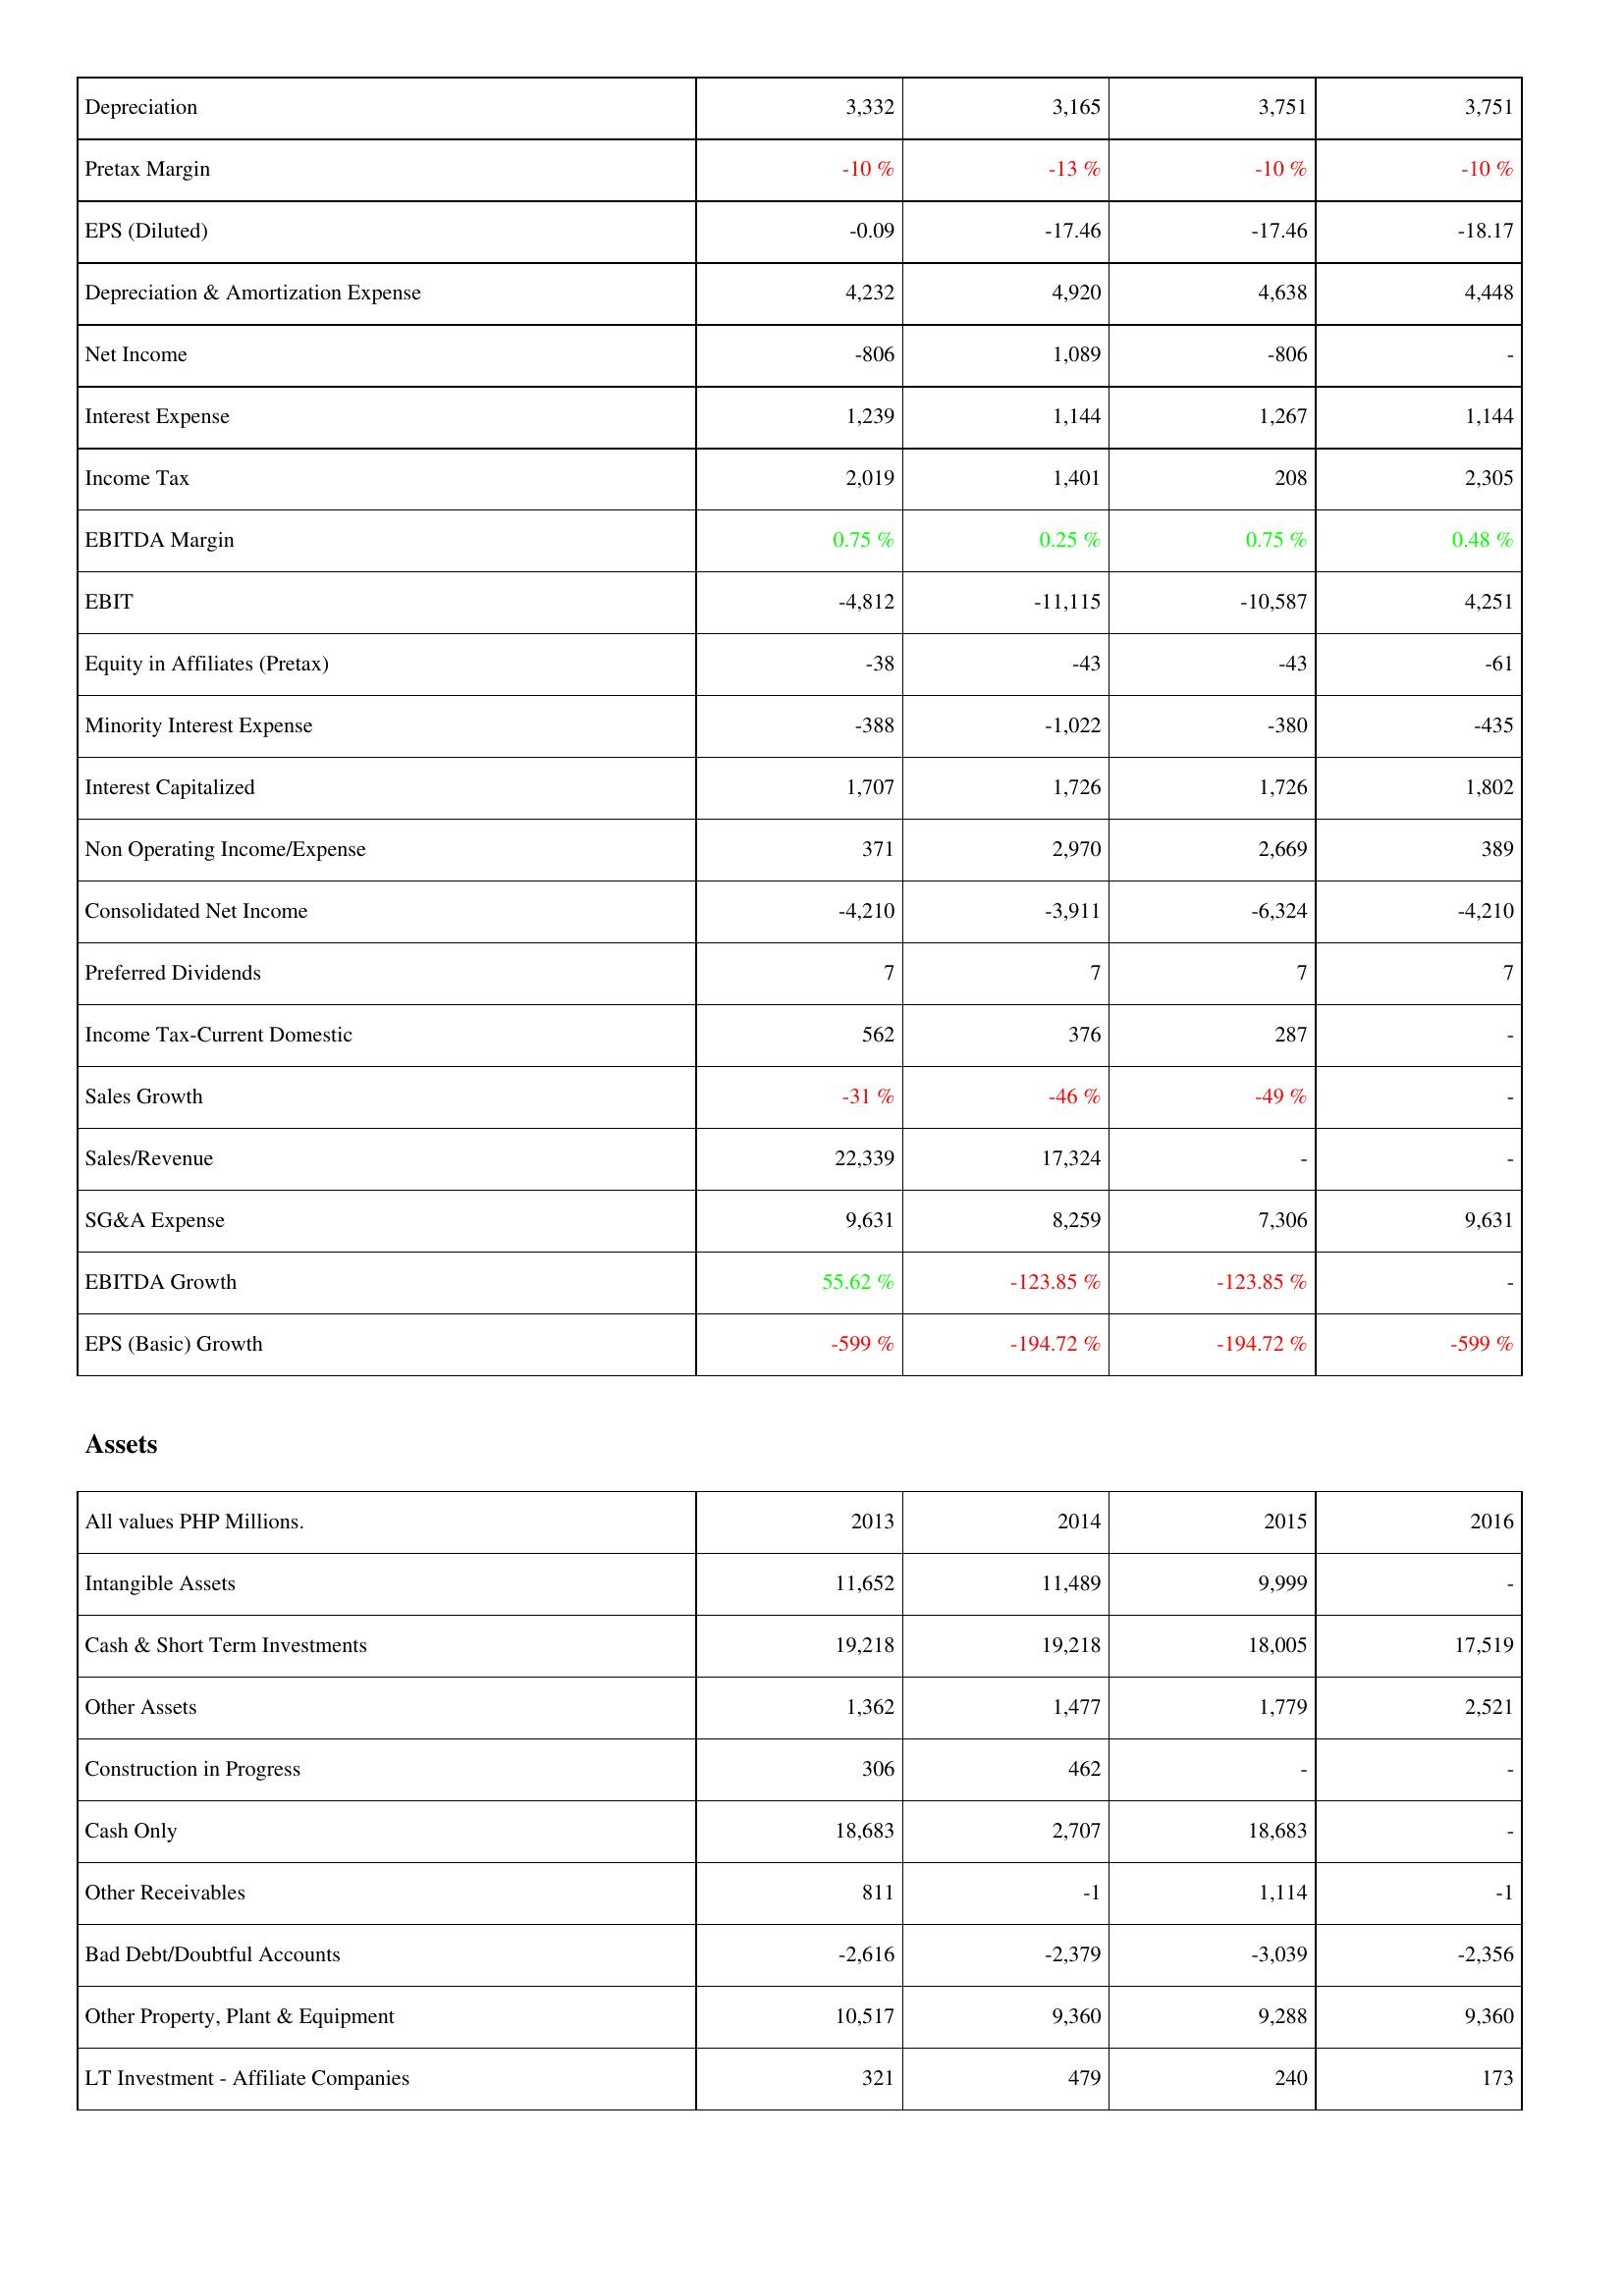
2013: Income Statement: Depreciation: 3,332
Pretax Margin: -10 %
EPS (Diluted): -0.09
Depreciation & Amortization Expense: 4,232
Net Income: -806
Interest Expense: 1,239
Income Tax: 2,019
EBITDA Margin: 0.75 %
EBIT: -4,812
Equity in Affiliates (Pretax): -38
Minority Interest Expense: -388
Interest Capitalized: 1,707
Non Operating Income/Expense: 371
Consolidated Net Income: -4,210
Preferred Dividends: 7
Income Tax-Current Domestic: 562
Sales Growth: -31 %
Sales/Revenue: 22,339
SG&A Expense: 9,631
EBITDA Growth: 55.62 %
EPS (Basic) Growth: -599 %
Assets: Intangible Assets: 11,652
Cash & Short Term Investments: 19,218
Other Assets: 1,362
Construction in Progress: 306
Cash Only: 18,683
Other Receivables: 811
Bad Debt/Doubtful Accounts: -2,616
Other Property, Plant & Equipment: 10,517
LT Investment - Affiliate Companies: 321
2014: Income Statement: Depreciation: 3,165
Pretax Margin: -13 %
EPS (Diluted): -17.46
Depreciation & Amortization Expense: 4,920
Net Income: 1,089
Interest Expense: 1,144
Income Tax: 1,401
EBITDA Margin: 0.25 %
EBIT: -11,115
Equity in Affiliates (Pretax): -43
Minority Interest Expense: -1,022
Interest Capitalized: 1,726
Non Operating Income/Expense: 2,970
Consolidated Net Income: -3,911
Preferred Dividends: 7
Income Tax-Current Domestic: 376
Sales Growth: -46 %
Sales/Revenue: 17,324
SG&A Expense: 8,259
EBITDA Growth: -123.85 %
EPS (Basic) Growth: -194.72 %
Assets: Intangible Assets: 11,489
Cash & Short Term Investments: 19,218
Other Assets: 1,477
Construction in Progress: 462
Cash Only: 2,707
Other Receivables: -1
Bad Debt/Doubtful Accounts: -2,379
Other Property, Plant & Equipment: 9,360
LT Investment - Affiliate Companies: 479
2015: Income Statement: Depreciation: 3,751
Pretax Margin: -10 %
EPS (Diluted): -17.46
Depreciation & Amortization Expense: 4,638
Net Income: -806
Interest Expense: 1,267
Income Tax: 208
EBITDA Margin: 0.75 %
EBIT: -10,587
Equity in Affiliates (Pretax): -43
Minority Interest Expense: -380
Interest Capitalized: 1,726
Non Operating Income/Expense: 2,669
Consolidated Net Income: -6,324
Preferred Dividends: 7
Income Tax-Current Domestic: 287
Sales Growth: -49 %
Sales/Revenue: -
SG&A Expense: 7,306
EBITDA Growth: -123.85 %
EPS (Basic) Growth: -194.72 %
Assets: Intangible Assets: 9,999
Cash & Short Term Investments: 18,005
Other Assets: 1,779
Construction in Progress: -
Cash Only: 18,683
Other Receivables: 1,114
Bad Debt/Doubtful Accounts: -3,039
Other Property, Plant & Equipment: 9,288
LT Investment - Affiliate Companies: 240
2016: Income Statement: Depreciation: 3,751
Pretax Margin: -10 %
EPS (Diluted): -18.17
Depreciation & Amortization Expense: 4,448
Net Income: -
Interest Expense: 1,144
Income Tax: 2,305
EBITDA Margin: 0.48 %
EBIT: 4,251
Equity in Affiliates (Pretax): -61
Minority Interest Expense: -435
Interest Capitalized: 1,802
Non Operating Income/Expense: 389
Consolidated Net Income: -4,210
Preferred Dividends: 7
Income Tax-Current Domestic: -
Sales Growth: -
Sales/Revenue: -
SG&A Expense: 9,631
EBITDA Growth: -
EPS (Basic) Growth: -599 %
Assets: Intangible Assets: -
Cash & Short Term Investments: 17,519
Other Assets: 2,521
Construction in Progress: -
Cash Only: -
Other Receivables: -1
Bad Debt/Doubtful Accounts: -2,356
Other Property, Plant & Equipment: 9,360
LT Investment - Affiliate Companies: 173